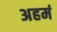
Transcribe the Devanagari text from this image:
अहमं